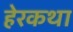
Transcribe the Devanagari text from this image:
हेरकथा